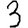
Digit: 3